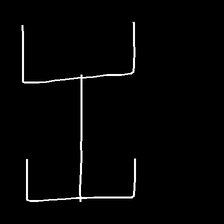
Glyph: entwine